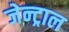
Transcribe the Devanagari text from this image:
जेन्ट्राल